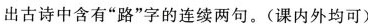
出古诗中含有”路”字的连续两句。（课内外均可）